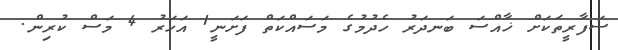
ސަފާރީތަކަށް ޚާއްސަ ބަނދަރު ހެދުމުގެ މަސައްކަތް ފަށަނީ1 އަހަރު 4 މަސް ކުރިން.